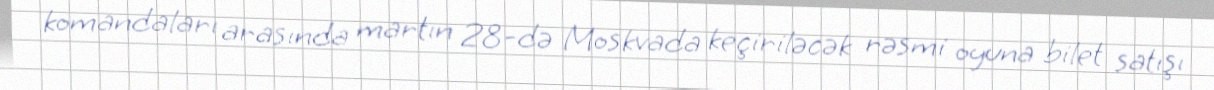
komandaları arasında martın 28-də Moskvada keçiriləcək rəsmi oyuna bilet satışı